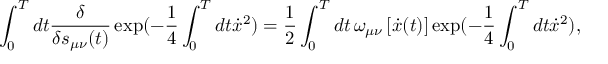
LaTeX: \int _ { 0 } ^ { T } d t \frac { \delta } { { \delta s _ { \mu \nu } ( t ) } } \exp ( - \frac { 1 } { 4 } \int _ { 0 } ^ { T } { d t \dot { x } ^ { 2 } ) = \frac { 1 } { 2 } } \int _ { 0 } ^ { T } d t \, \omega _ { \mu \nu } \left[ \dot { x } ( t ) \right] \exp ( - \frac { 1 } { 4 } \int _ { 0 } ^ { T } { d t \dot { x } ^ { 2 } } ) ,